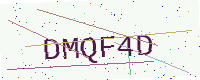
Text: DMQF4D